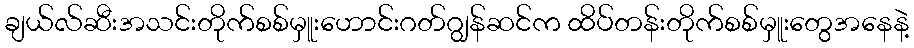
ချယ်လ်ဆီးအသင်းတိုက်စစ်မှူးဟောင်းဂတ်ဂျွန်ဆင်က ထိပ်တန်းတိုက်စစ်မှူးတွေအနေနဲ့